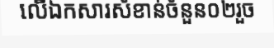
លើឯកសារសំខាន់ចំនួន០២រួច